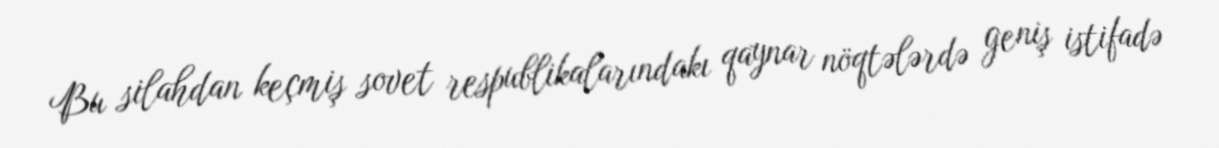
Bu silahdan keçmiş sovet respublikalarındakı qaynar nöqtələrdə geniş istifadə